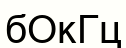
бОкГц